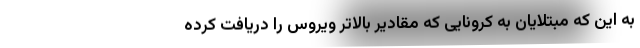
به این که مبتلایان به کرونایی که مقادیر بالاتر ویروس را دریافت کرده